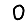
Digit: 0